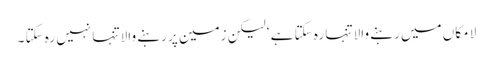
لا مکاں میں رہنے والا تنہا رہ سکتا ہے ‘ لیکن زمین پر رہنے والا تنہا نہیں رہ سکتا ۔